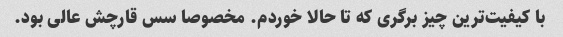
با کیفیت‌ترین چیز برگری که تا حالا خوردم. مخصوصا سس قارچش عالی بود.